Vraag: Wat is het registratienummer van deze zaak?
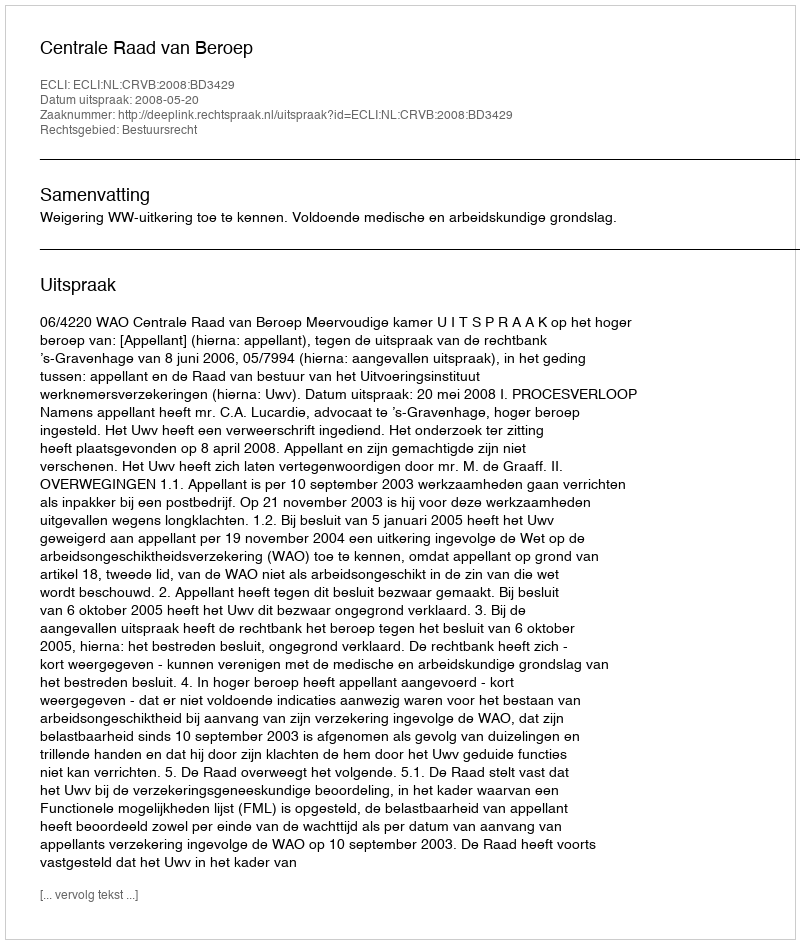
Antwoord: http://deeplink.rechtspraak.nl/uitspraak?id=ECLI:NL:CRVB:2008:BD3429